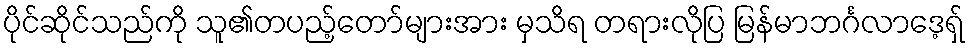
ပိုင်ဆိုင်သည်ကို သူ၏တပည့်တော်များအား မှသိရ တရားလိုပြ မြန်မာဘင်္ဂလာဒေ့ရှ်